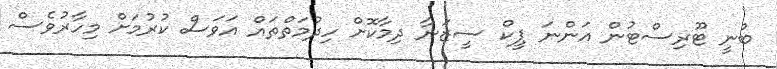
ބުނީ ޓޫރިސްޓުން އަންނަ ޕީކް ސީޒަނާ ދިމާކޮށް ހިދުމަތްތައް އަވަސް ކުރުމަށް މިހާރުވެސް